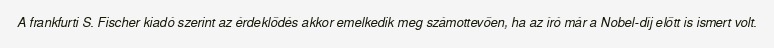
A frankfurti S. Fischer kiadó szerint az érdeklődés akkor emelkedik meg számottevően, ha az író már a Nobel-díj előtt is ismert volt.